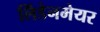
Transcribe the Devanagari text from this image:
लिंडेनमेयर